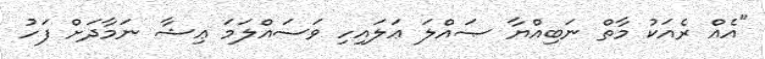
"އެއް ރެއަކު މާތް ނަބިއްޔާ ޞައްލަ ޢަލައިހި ވަސައްލަމަ ޢިޝާ ނަމާދަށް ފަހު